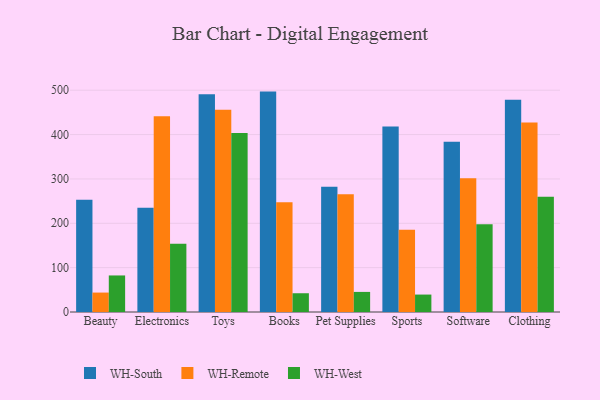
{"axis": {"x": "Category", "y": "Budget (USD K)"}, "legend": ["WH-Remote", "WH-South", "WH-West"], "data": [{"x": "Beauty", "y": 253.2, "type": "WH-South"}, {"x": "Beauty", "y": 43.8, "type": "WH-Remote"}, {"x": "Beauty", "y": 82.4, "type": "WH-West"}, {"x": "Electronics", "y": 235.3, "type": "WH-South"}, {"x": "Electronics", "y": 441.1, "type": "WH-Remote"}, {"x": "Electronics", "y": 153.9, "type": "WH-West"}, {"x": "Toys", "y": 490.9, "type": "WH-South"}, {"x": "Toys", "y": 455.8, "type": "WH-Remote"}, {"x": "Toys", "y": 403.6, "type": "WH-West"}, {"x": "Books", "y": 496.9, "type": "WH-South"}, {"x": "Books", "y": 247.5, "type": "WH-Remote"}, {"x": "Books", "y": 42.3, "type": "WH-West"}, {"x": "Pet Supplies", "y": 282.2, "type": "WH-South"}, {"x": "Pet Supplies", "y": 265.6, "type": "WH-Remote"}, {"x": "Pet Supplies", "y": 45.3, "type": "WH-West"}, {"x": "Sports", "y": 418.1, "type": "WH-South"}, {"x": "Sports", "y": 185.4, "type": "WH-Remote"}, {"x": "Sports", "y": 39.3, "type": "WH-West"}, {"x": "Software", "y": 384.0, "type": "WH-South"}, {"x": "Software", "y": 301.8, "type": "WH-Remote"}, {"x": "Software", "y": 197.8, "type": "WH-West"}, {"x": "Clothing", "y": 478.4, "type": "WH-South"}, {"x": "Clothing", "y": 427.5, "type": "WH-Remote"}, {"x": "Clothing", "y": 260.0, "type": "WH-West"}]}